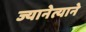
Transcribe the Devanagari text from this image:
ज्यानेत्याने